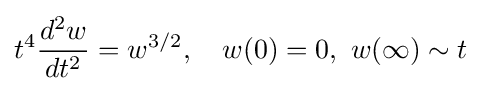
t^{4}{\frac {d^{2}w}{dt^{2}}}=w^{3/2},\quad w(0)=0,\ w(\infty )\sim t